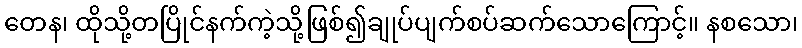
တေန၊ ထိုသို့တပြိုင်နက်ကဲ့သို့ဖြစ်၍ချုပ်ပျက်စပ်ဆက်သောကြောင့်။ နစသော၊